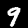
Label: 9